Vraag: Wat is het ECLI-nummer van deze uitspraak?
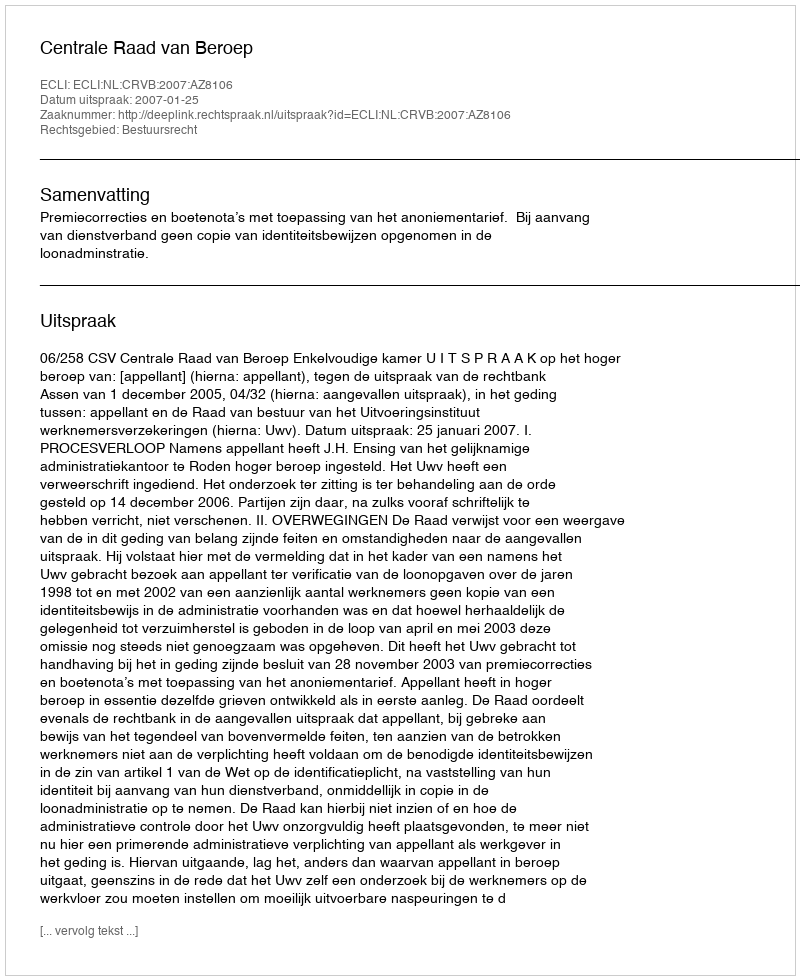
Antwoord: ECLI:NL:CRVB:2007:AZ8106